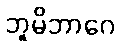
ဘူမိဘာဂေ